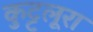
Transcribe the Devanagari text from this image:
कुट्टलूरा